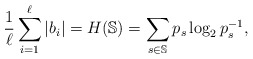
\begin{align*}\frac{1}{\ell}\sum_{i=1}^{\ell} |b_i|=H(\mathbb{S})=\sum_{s\in \mathbb{S}} p_s\log_2{p_s^{-1}},\end{align*}